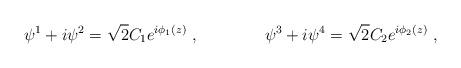
LaTeX: \begin{align*}\psi^1+i\psi^2= \sqrt 2 C_1e^{i\phi_1 (z)}\ , \qquad\qquad \psi^3+i\psi^4=\sqrt 2 C_2 e^{i\phi_2 (z)}\ ,\end{align*}